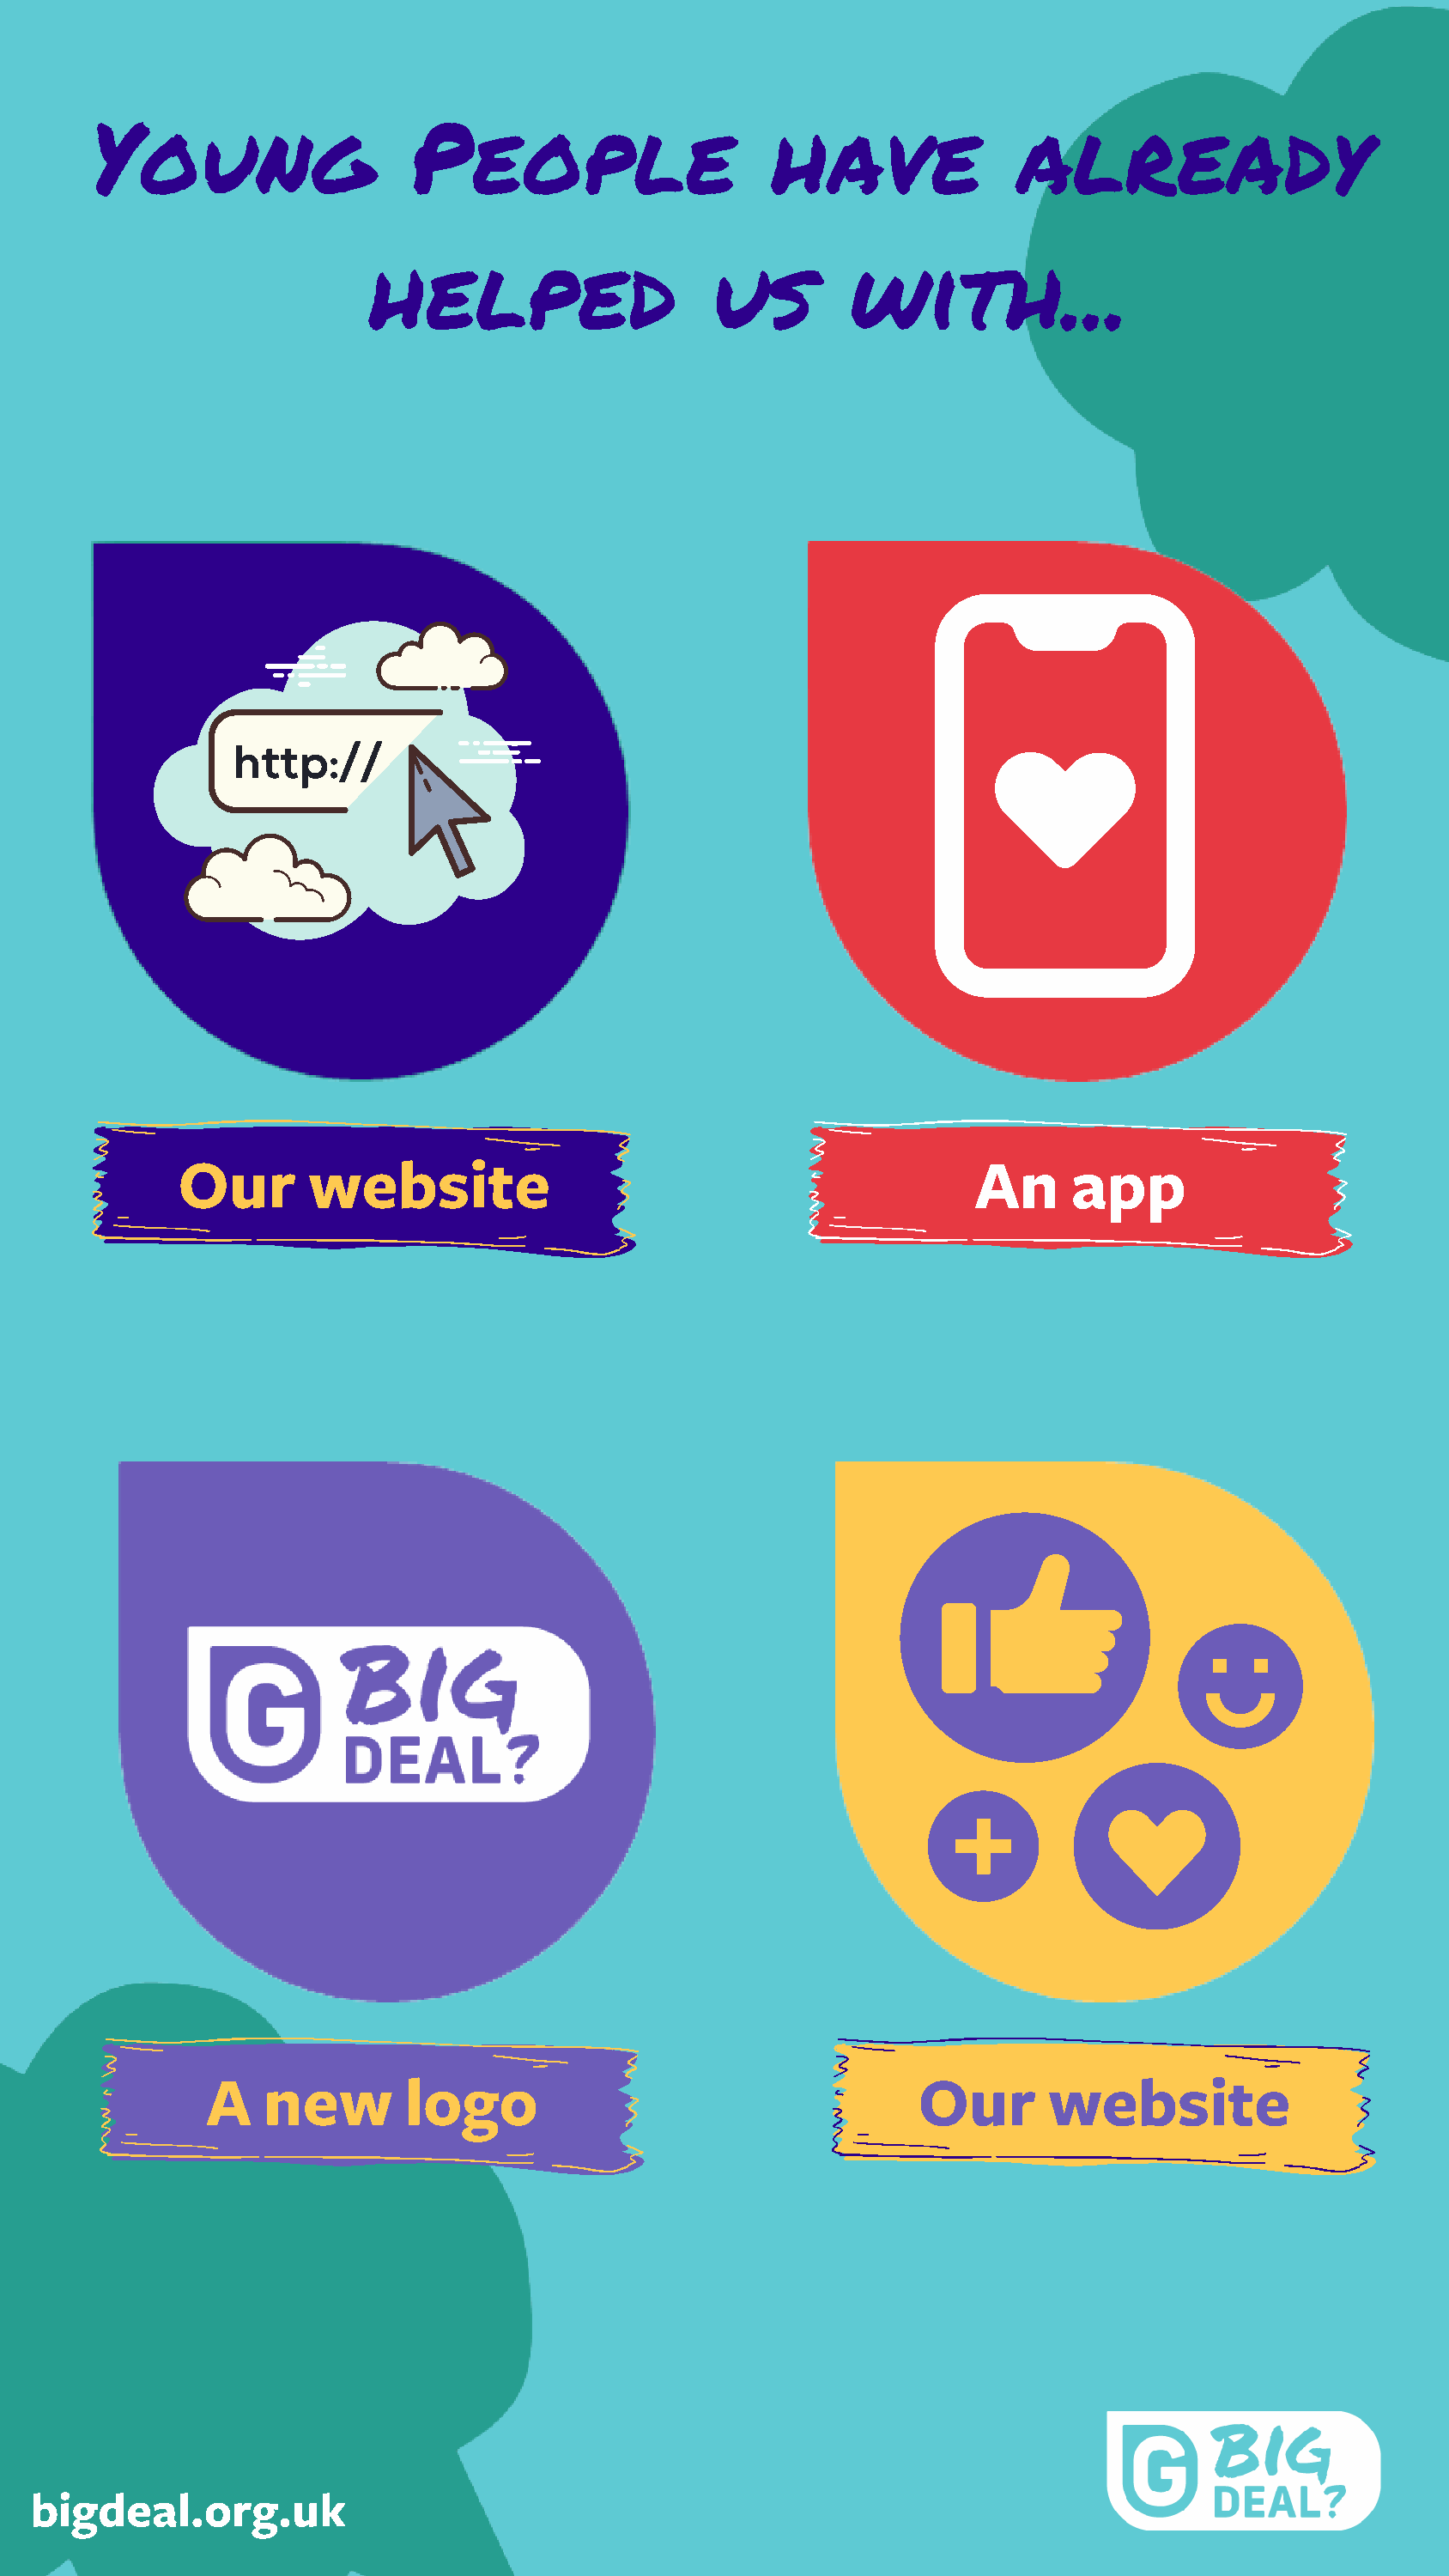
Young                    People                     have               already
 helped                     us        with...
 Our       website                                            An      app
 A   new        logo                                    Our       website
 bigdeal.org.uk